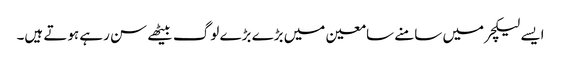
ایسے لیکچر میں سامنے سامعین میں بڑے بڑے لوگ بیٹھے سن رہے ہوتے ہیں۔